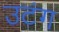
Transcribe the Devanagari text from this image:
उटंग